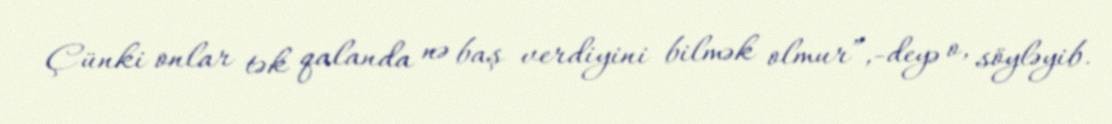
Çünki onlar tək qalanda nə baş verdiyini bilmək olmur”,-deyə o, söyləyib.